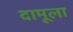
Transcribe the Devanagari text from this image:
दामूला